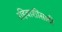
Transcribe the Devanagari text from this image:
रहिवाशींसाठी